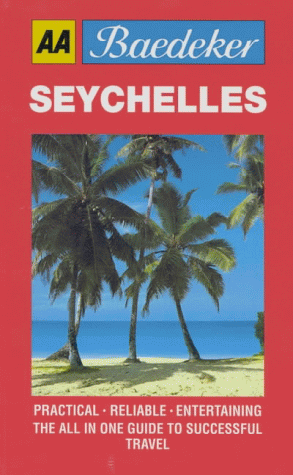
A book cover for Baedeker's Seychelles (AA Baedeker's); Travel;